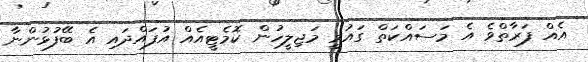
އެއް ފަރާތްވެ އެ މަސައްކަތް ގައުމީ މަޖިލީހުން ކޮމެޓީއެއް އުފައްދައި އެ ބޭފުޅުންނާ